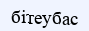
бітеубас